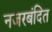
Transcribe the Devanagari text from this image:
नजरबंदित